Report of the Indian Hemp Drugs Commission, 1894-1895 - Volume VI
Year: 1894
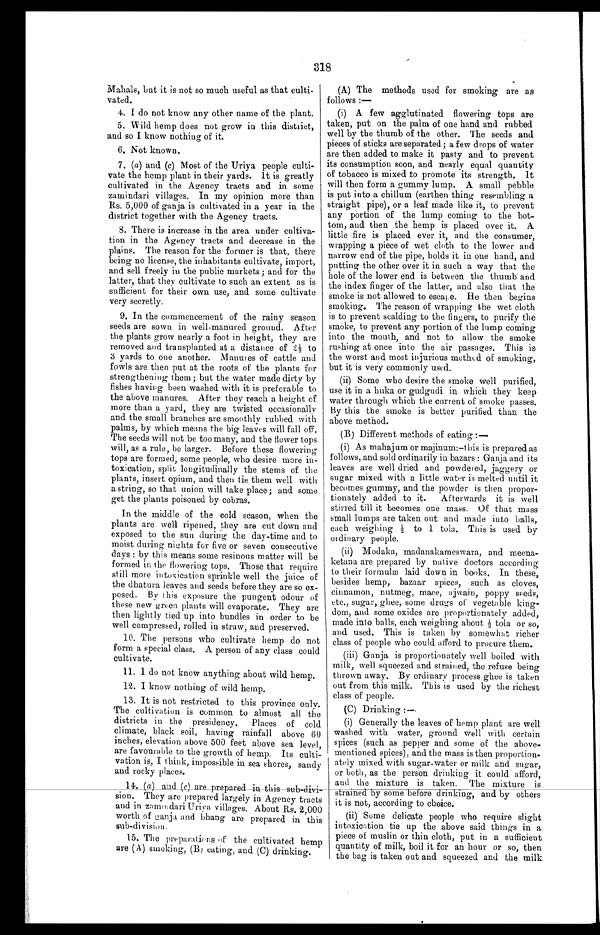
318
Mahals, but it is not so much useful as that culti-
–vated.
4.I do not know any other name of the plant.
5. Wild hemp does not grow in this district,
and so I know nothing of it.
6.Not known.
7.(a) and (c) Most of the Uriya people culti–-
vate the hemp plant in their yards. Ft is greatly
cultivated in the Agency tracts and in some
zamindari villages. In my opinion more than
Rs. 5,000 of ganja is cultivated in a year in the
district together with the Agency tracts.
8.There is increase in the area under cultiva–-
tion in the Agency tracts and decrease in the
plains. The reason for the former is that, there
being no license, the inhabitants cultivate, import,
and. sell freely in the public markets; and for the
latter, that they cultivate to such an extent as is
sufficient for their own use, and some cultivate
very secretly.
9.In the commencement of the rainy season
seeds ar e sown i n wel l –manur ed gr ound. Af t er
the plants grow nearly a foot in height, they are
removed and transplanted at a distance of 2 1/2 to
3 yards to one another. Manures of cattle and
fowls are then put at the roots of the plants for
strengthening them; but the water made dirty by
fishes having been washed with it is preferable to
the above manures. After they reach a height of
more than a yard, they are twisted occasionally
and the small branches are smoothly rubbed with
palms, by which means the big leaves will fall off.
The seeds will not be too many, and the flower tops
will, as a rule, he larger. Before these flowering
tops are formed, some people, who desire more in–-
toxication, split longitudinally the stems of the
plants, insert opium, and then tie them well with
a string, so that union will take place; and some
get the plants poisoned by cobras.
In the middle of the cold season, when the
plants are well ripened, they are cut down and
exposed to the sun during the day-time and to
moist during nights for five or seven consecutive
days : by this means some resinous matter will be
formed in the flowering tops. Those that require
still more intoxication sprinkle well the juice of
the dhatura leaves and seeds before they are so ex
– p o s e d . B y ( h i s e x p o s u r e t h e p u n g e n t o d o u r o f
these new green plants will evaporate. They are
then lightly tied up into bundles in order to be
well compressed, rolled in straw, and preserved.
10. The persons who cultivate hemp do not
form a special class. A person of any class could
cultivate.
11. I do not know anything about wild hemp.
12.I know nothing of wild hemp.
13.It is not restricted to this province only.
The cultivation is common to almost all the
districts in the presidency. Places of cold
climate, black soil, having rainfall above 60
inches, elevation above 500 feet above sea level,
are favourable to the growth of hemp. Its culti-
vation is, I think, impossible in sea shores, sandy
and rocky places.
14. (a) and (c) are prepared in this
sub-div–susion. They are prepared largely in Agency tracts
and in zammdari Uriya villages. About Rs. 2,000
worth of ganja and bhang are prepared in this
sub-division.
15. The preparations of the cultivated hemp
are (A) smoking, (B) eating, and (C) drinking.
(A) The methods used for smoking are as
follows :
—
(i) A few agglutinated flowering tops are
taken, put on the palm of one hand and rubbed
well by the thumb of the other. The seeds and
pieces of sticks are separated ; a few drops of water
are then added to make it pasty and to prevent
its consumption soon, and nearly equal quantity
of tobacco is mixed to promote its strength. It
will then form a gummy lump. A small pebble
is put into a chillum (earthen thing resembling a
straight pipe), or a leaf made like it, to prevent
any portion of the lump coming to the bot
– t o m , a n d t h e n t h e h e m p i s p l a c e d o v e r i t . A
little fire is placed ever it, and the consumer,
wrapping a piece of wet cloth to the lower and
narrow end of the pipe, holds it in one hand, and
putting the other over it in such a way that the
hole of the lower end is between the thumb and
the index finger of the latter, and also that the
smoke is not allowed to escape. He then begins
smoking. The reason of wrapping the wet cloth
is to prevent scalding to the fingers, to purify the
smoke, to prevent any portion of the lump coming
into the mouth, and not to allow the smoke
rushing at once into the air passages. This is
the worst and most injurious method of smoking,
but it is very commonly used.
(ii) Some who desire the smoke well purified,
use it in a huka or gudgudi in which they keep
water through which the current of smoke passes.
By this the smoke is better purified than the
above method.
(B) Different methods of eating :—
(i)As mabajum or majinum:– this is prepared as
follows, and sold ordinarily in bazars : Ganja and its
leaves are well dried and powdered, jaggery or
sugar mixed with a little water is melted until it
becomes gummy, and the powder is then propor-
– t i o n a t e l y a d d e d t o i t . A f t e r w a r d s i t i s w e l l
stirred till it becomes one mass. Of that mass
small lumps are taken out and made into balls,
each wei ghi ng ½ t o 1 t ol a. Thi s i s us ed by
ordinary people.
(ii) Modaka, madanakameswara, and meena–-
ketana are prepared by native doctors according
to their formulæ laid down in books. In these,
besides hemp, bazaar spices, such as cloves,
cinnamon, nutmeg, mace, ajwain, poppy seeds,
etc., sugar, ghee, some drugs of vegetable king-
– d o m , a n d s o m e o x i d e s a r e p r o p o r t i o n a t e l y a d d e d ,
made into balls, each weighing about ½ tola or so,
and used. This is taken by somewhat richer
class of people who could afford to procure them.
(iii)Ganja is proportionately well boiled with
milk, well squeezed and strained, the refuse being
thrown away. By ordinary process ghee is taken.
out from this milk. This is used by the richest
class of people.
(C) Drinking :—
(i)Generally the leaves of hemp plant are well
washed with water, ground well with certain
spices (such as pepper and some of the above
–mentioned spices), and the mass is then proportion-
at el y mi xed wi t h sugar–wat er or mi l k and sugar,
or both, as the person drinking it could afford,
and the mixture is taken. The mixture is
strained by some before drinking, and by others
it is not, according to choice.
(ii)Some delicate people who require slight
intoxication tie up the above said things in a
piece of muslin or thin cloth, put in a sufficient
quantity of milk, boil it for au hour or so, then
the bag is taken out and squeezed and the milk